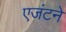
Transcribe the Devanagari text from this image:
एजंटने